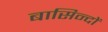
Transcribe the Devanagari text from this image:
बासिन्दों